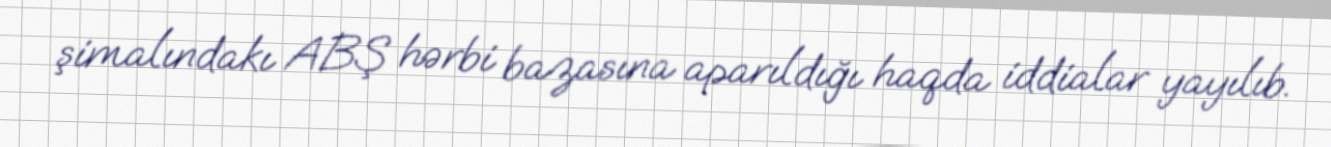
şimalındakı ABŞ hərbi bazasına aparıldığı haqda iddialar yayılıb.